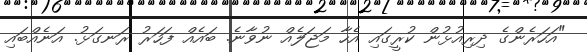
"އަހަރެންގެ ދިރިއުޅުން ކުރީގައި އެހާ މަޖަލެއް ނުވާނެ. ބައެއް ފަހަރު ރަނގަޅު. އަނެއްބައި